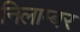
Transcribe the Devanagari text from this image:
निलाम्बर